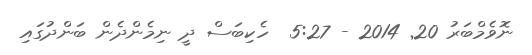
ނޮވެމްބަރު 20